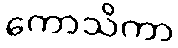
ကောသိကာ